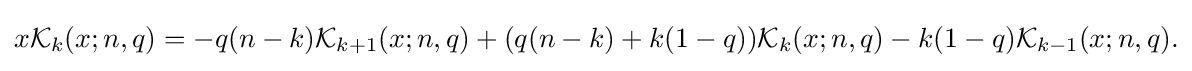
{\begin{aligned}x{\mathcal {K}}_{k}(x;n,q)=-q(n-k){\mathcal {K}}_{k+1}(x;n,q)+(q(n-k)+k(1-q)){\mathcal {K}}_{k}(x;n,q)-k(1-q){\mathcal {K}}_{k-1}(x;n,q).\end{aligned}}